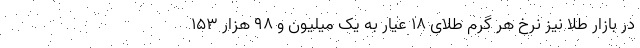
در بازار طلا نیز نرخ هر گرم طلای ۱۸ عیار به یک میلیون و ۹۸ هزار ۱۵۳